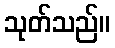
သုတ်သည်။